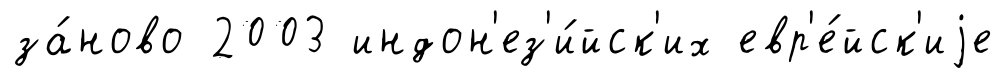
за́ново 2003 индон'ез'и́йск'их евр'е́йск'иjе